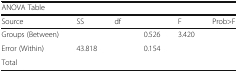
<table><thead><tr><td colspan="6"><b>ANOVA Table</b></td></tr><tr><td><b>Source</b></td><td><b>SS</b></td><td><b>df</b></td><td>[EMPTY_CELL]</td><td><b>F</b></td><td><b>Prob&gt;F</b></td></tr></thead><tbody><tr><td>Groups (Between)</td><td>[EMPTY_CELL]</td><td>[EMPTY_CELL]</td><td>0.526</td><td>3.420</td><td>[EMPTY_CELL]</td></tr><tr><td>Error (Within)</td><td>43.818</td><td>[EMPTY_CELL]</td><td>0.154</td><td>[EMPTY_CELL]</td><td>[EMPTY_CELL]</td></tr><tr><td>Total</td><td>[EMPTY_CELL]</td><td>[EMPTY_CELL]</td><td>[EMPTY_CELL]</td><td>[EMPTY_CELL]</td><td>[EMPTY_CELL]</td></tr></tbody></table>